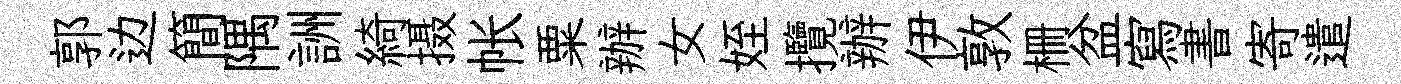
郭边簡隅詶綺摄帐粟辦女姪攬辦伊敦栅盆寫書寄遣